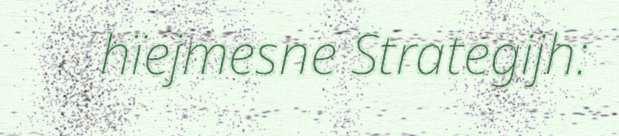
hïejmesne Strategijh: